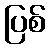
ပြစ်